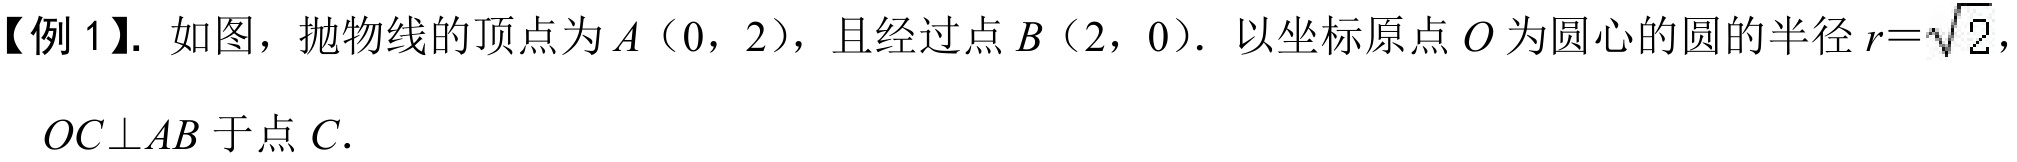
【例 1】. 如图，抛物线的顶点为 \(A(0,2)\)，且经过点 \(B(2,0)\). 以坐标原点 \(O\) 为圆心的圆的半径 \(r = \sqrt{2}\)，\(OC\perp AB\) 于点 \(C\).